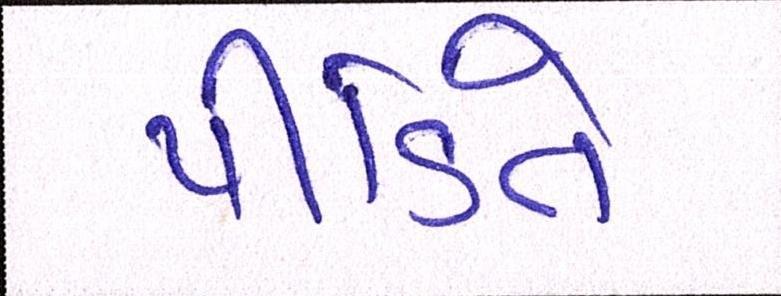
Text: પીડિતે